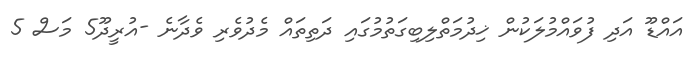
އައްޑޫ އަދި ފުވައްމުލަކުން ޚިދުމަތްލިބިގަތުމުގައި ދަތިތައް މެދުވެރި ވެދާނެ -އުރީދޫ5 މަސް 5